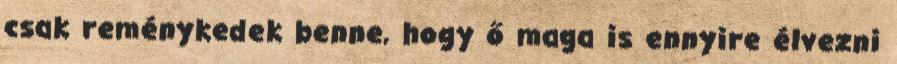
csak reménykedek benne, hogy ő maga is ennyire élvezni